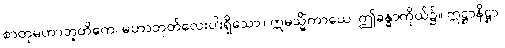
စာတုမဟာဘူတိကေ၊ မဟာဘုတ်လေးပါးရှိသော။ ဣမသ္မိံကာယေ၊ ဤခန္ဓာကိုယ်၌။ ဣဋ္ဌာနိဋ္ဌာ၊